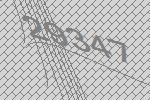
29347